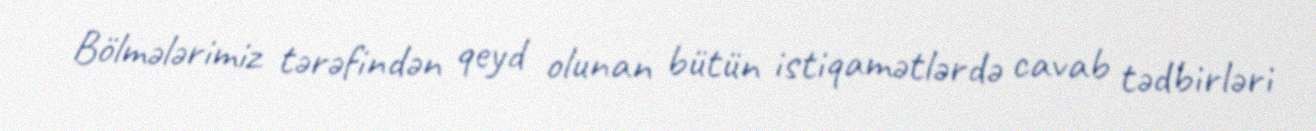
Bölmələrimiz tərəfindən qeyd olunan bütün istiqamətlərdə cavab tədbirləri